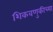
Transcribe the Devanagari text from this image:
शिकवणुकीच्‍या